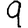
Digit: 9